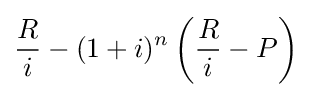
{\frac {R}{i}}-(1+i)^{n}\left({\frac {R}{i}}-P\right)